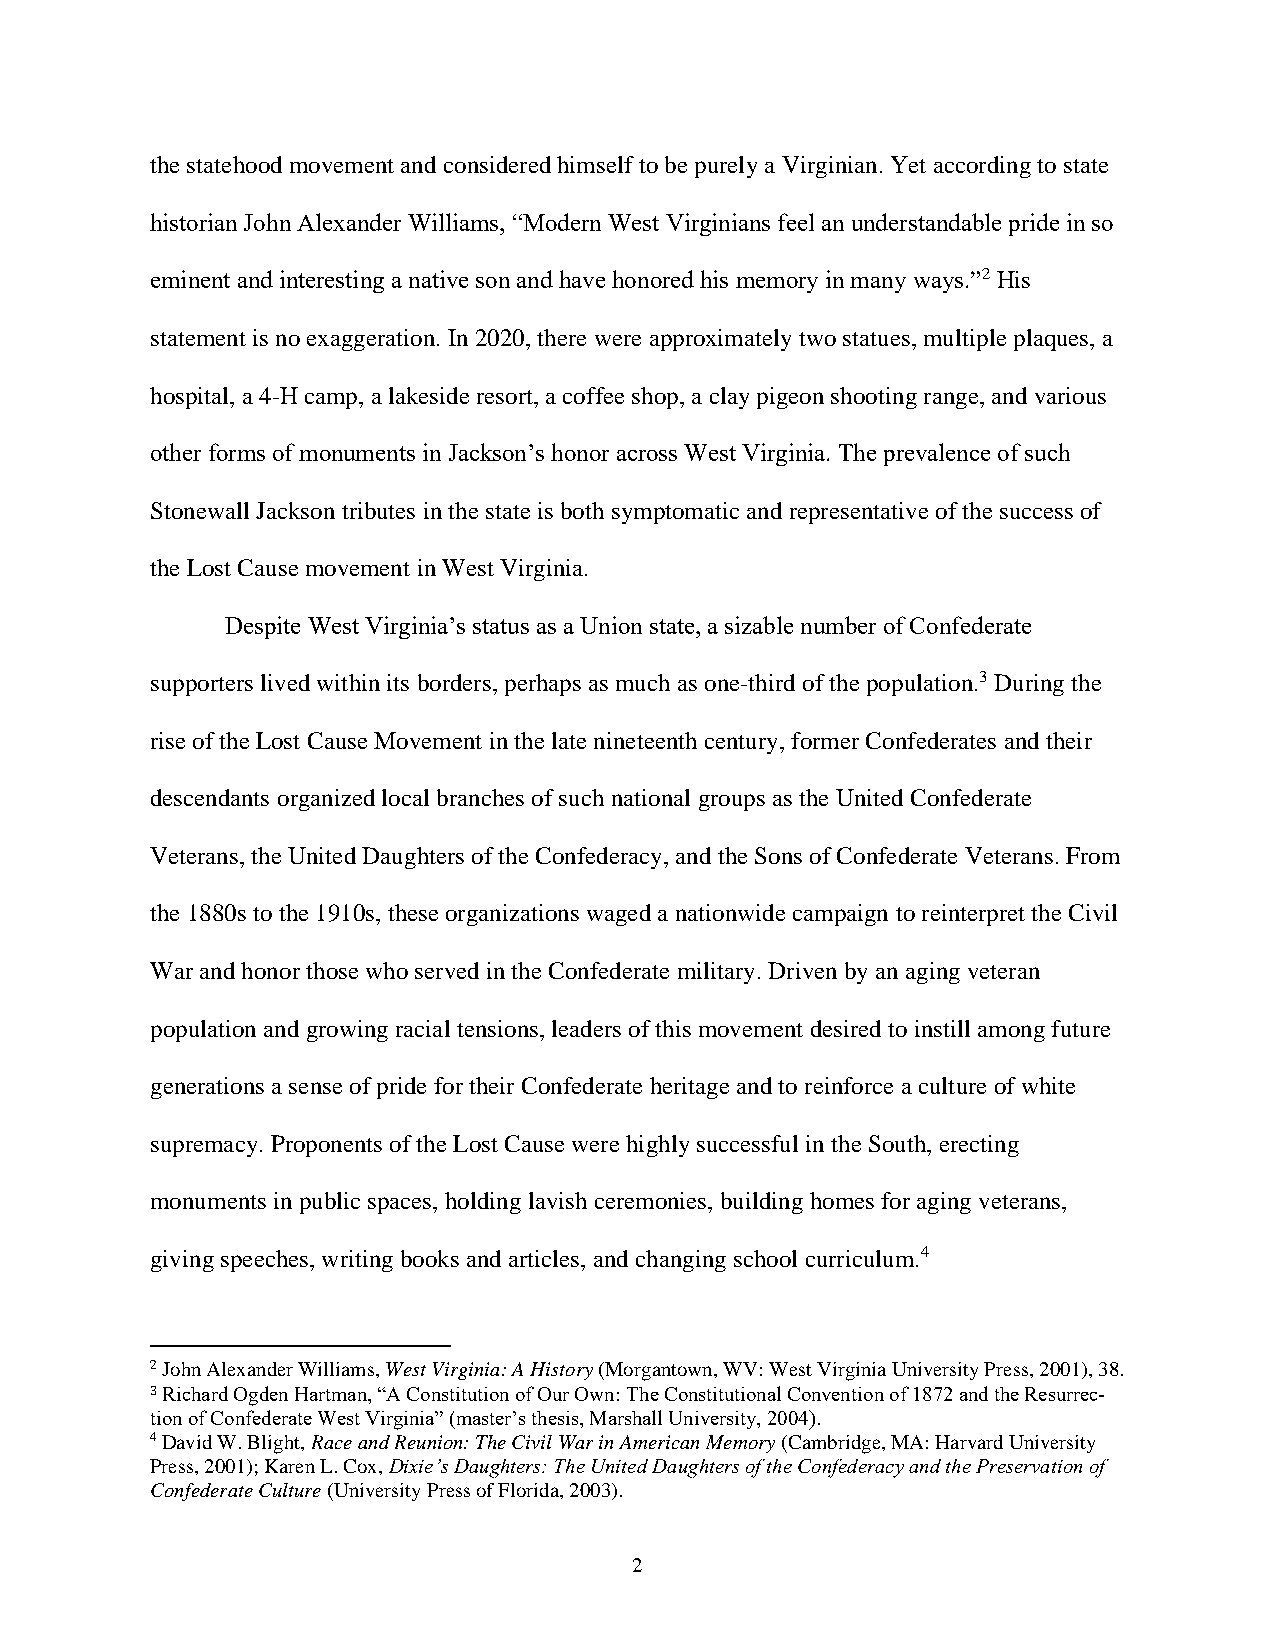
the statehood movement and considered himself to be purely a Virginian. Yet according to state
 historian John Alexander Williams, “Modern West Virginians feel an understandable pride in so
 eminent and interesting a native son and have honored his memory in many ways.”2 His
 statement is no exaggeration. In 2020, there were approximately two statues, multiple plaques, a
 hospital, a 4-H camp, a lakeside resort, a coffee shop, a clay pigeon shooting range, and various
 other forms of monuments in Jackson’s honor across West Virginia. The prevalence of such
 Stonewall Jackson tributes in the state is both symptomatic and representative of the success of
 the Lost Cause movement in West Virginia.
 Despite West Virginia’s status as a Union state, a sizable number of Confederate
 supporters lived within its borders, perhaps as much as one-third of the population.3 During the
 rise of the Lost Cause Movement in the late nineteenth century, former Confederates and their
 descendants organized local branches of such national groups as the United Confederate
 Veterans, the United Daughters of the Confederacy, and the Sons of Confederate Veterans. From
 the 1880s to the 1910s, these organizations waged a nationwide campaign to reinterpret the Civil
 War and honor those who served in the Confederate military. Driven by an aging veteran
 population and growing racial tensions, leaders of this movement desired to instill among future
 generations a sense of pride for their Confederate heritage and to reinforce a culture of white
 supremacy. Proponents of the Lost Cause were highly successful in the South, erecting
 monuments in public spaces, holding lavish ceremonies, building homes for aging veterans,
 giving speeches, writing books and articles, and changing school curriculum.4
 2 John Alexander Williams, West Virginia: A History (Morgantown, WV: West Virginia University Press, 2001), 38.
 3 Richard Ogden Hartman, “A Constitution of Our Own: The Constitutional Convention of 1872 and the Resurrec-
 tion of Confederate West Virginia” (master’s thesis, Marshall University, 2004).
 4 David W. Blight, Race and Reunion: The Civil War in American Memory (Cambridge, MA: Harvard University
 Press, 2001); Karen L. Cox, Dixie’s Daughters: The United Daughters of the Confederacy and the Preservation of
 Confederate Culture (University Press of Florida, 2003).
 2